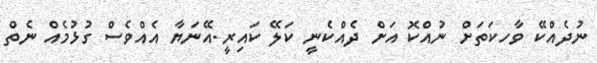
ނުދެއްކޭ ވާހކަތަށް ނުއްކޮ އަށް ދެއްކެނީ ކަލޭ ކައިރީ.އޭނަޔާ އެއްވެސް ގުޅުމެއް ނެތް